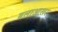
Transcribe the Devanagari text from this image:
बलाआख़र